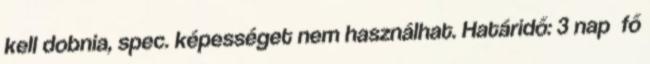
kell dobnia, spec. képességet nem használhat. Határidő: 3 nap fő